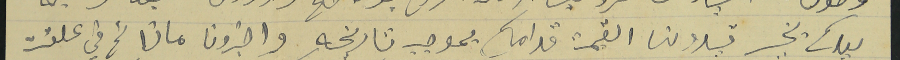
ليدكم بخير قيدو لنا القيمة قدامكم بموجب تاريخه واخبرونا ماذا تم في علقت